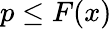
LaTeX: p\leq F(x)